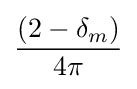
{\frac {(2-\delta _{m})}{4\pi }}